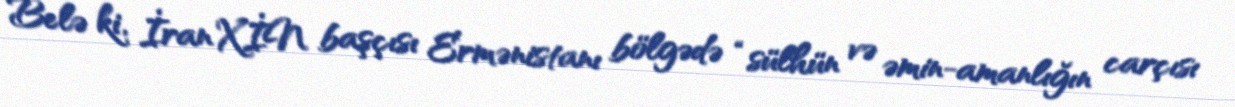
Belə ki, İran XİN başçısı Ermənistanı bölgədə “sülhün və əmin-amanlığın carçısı